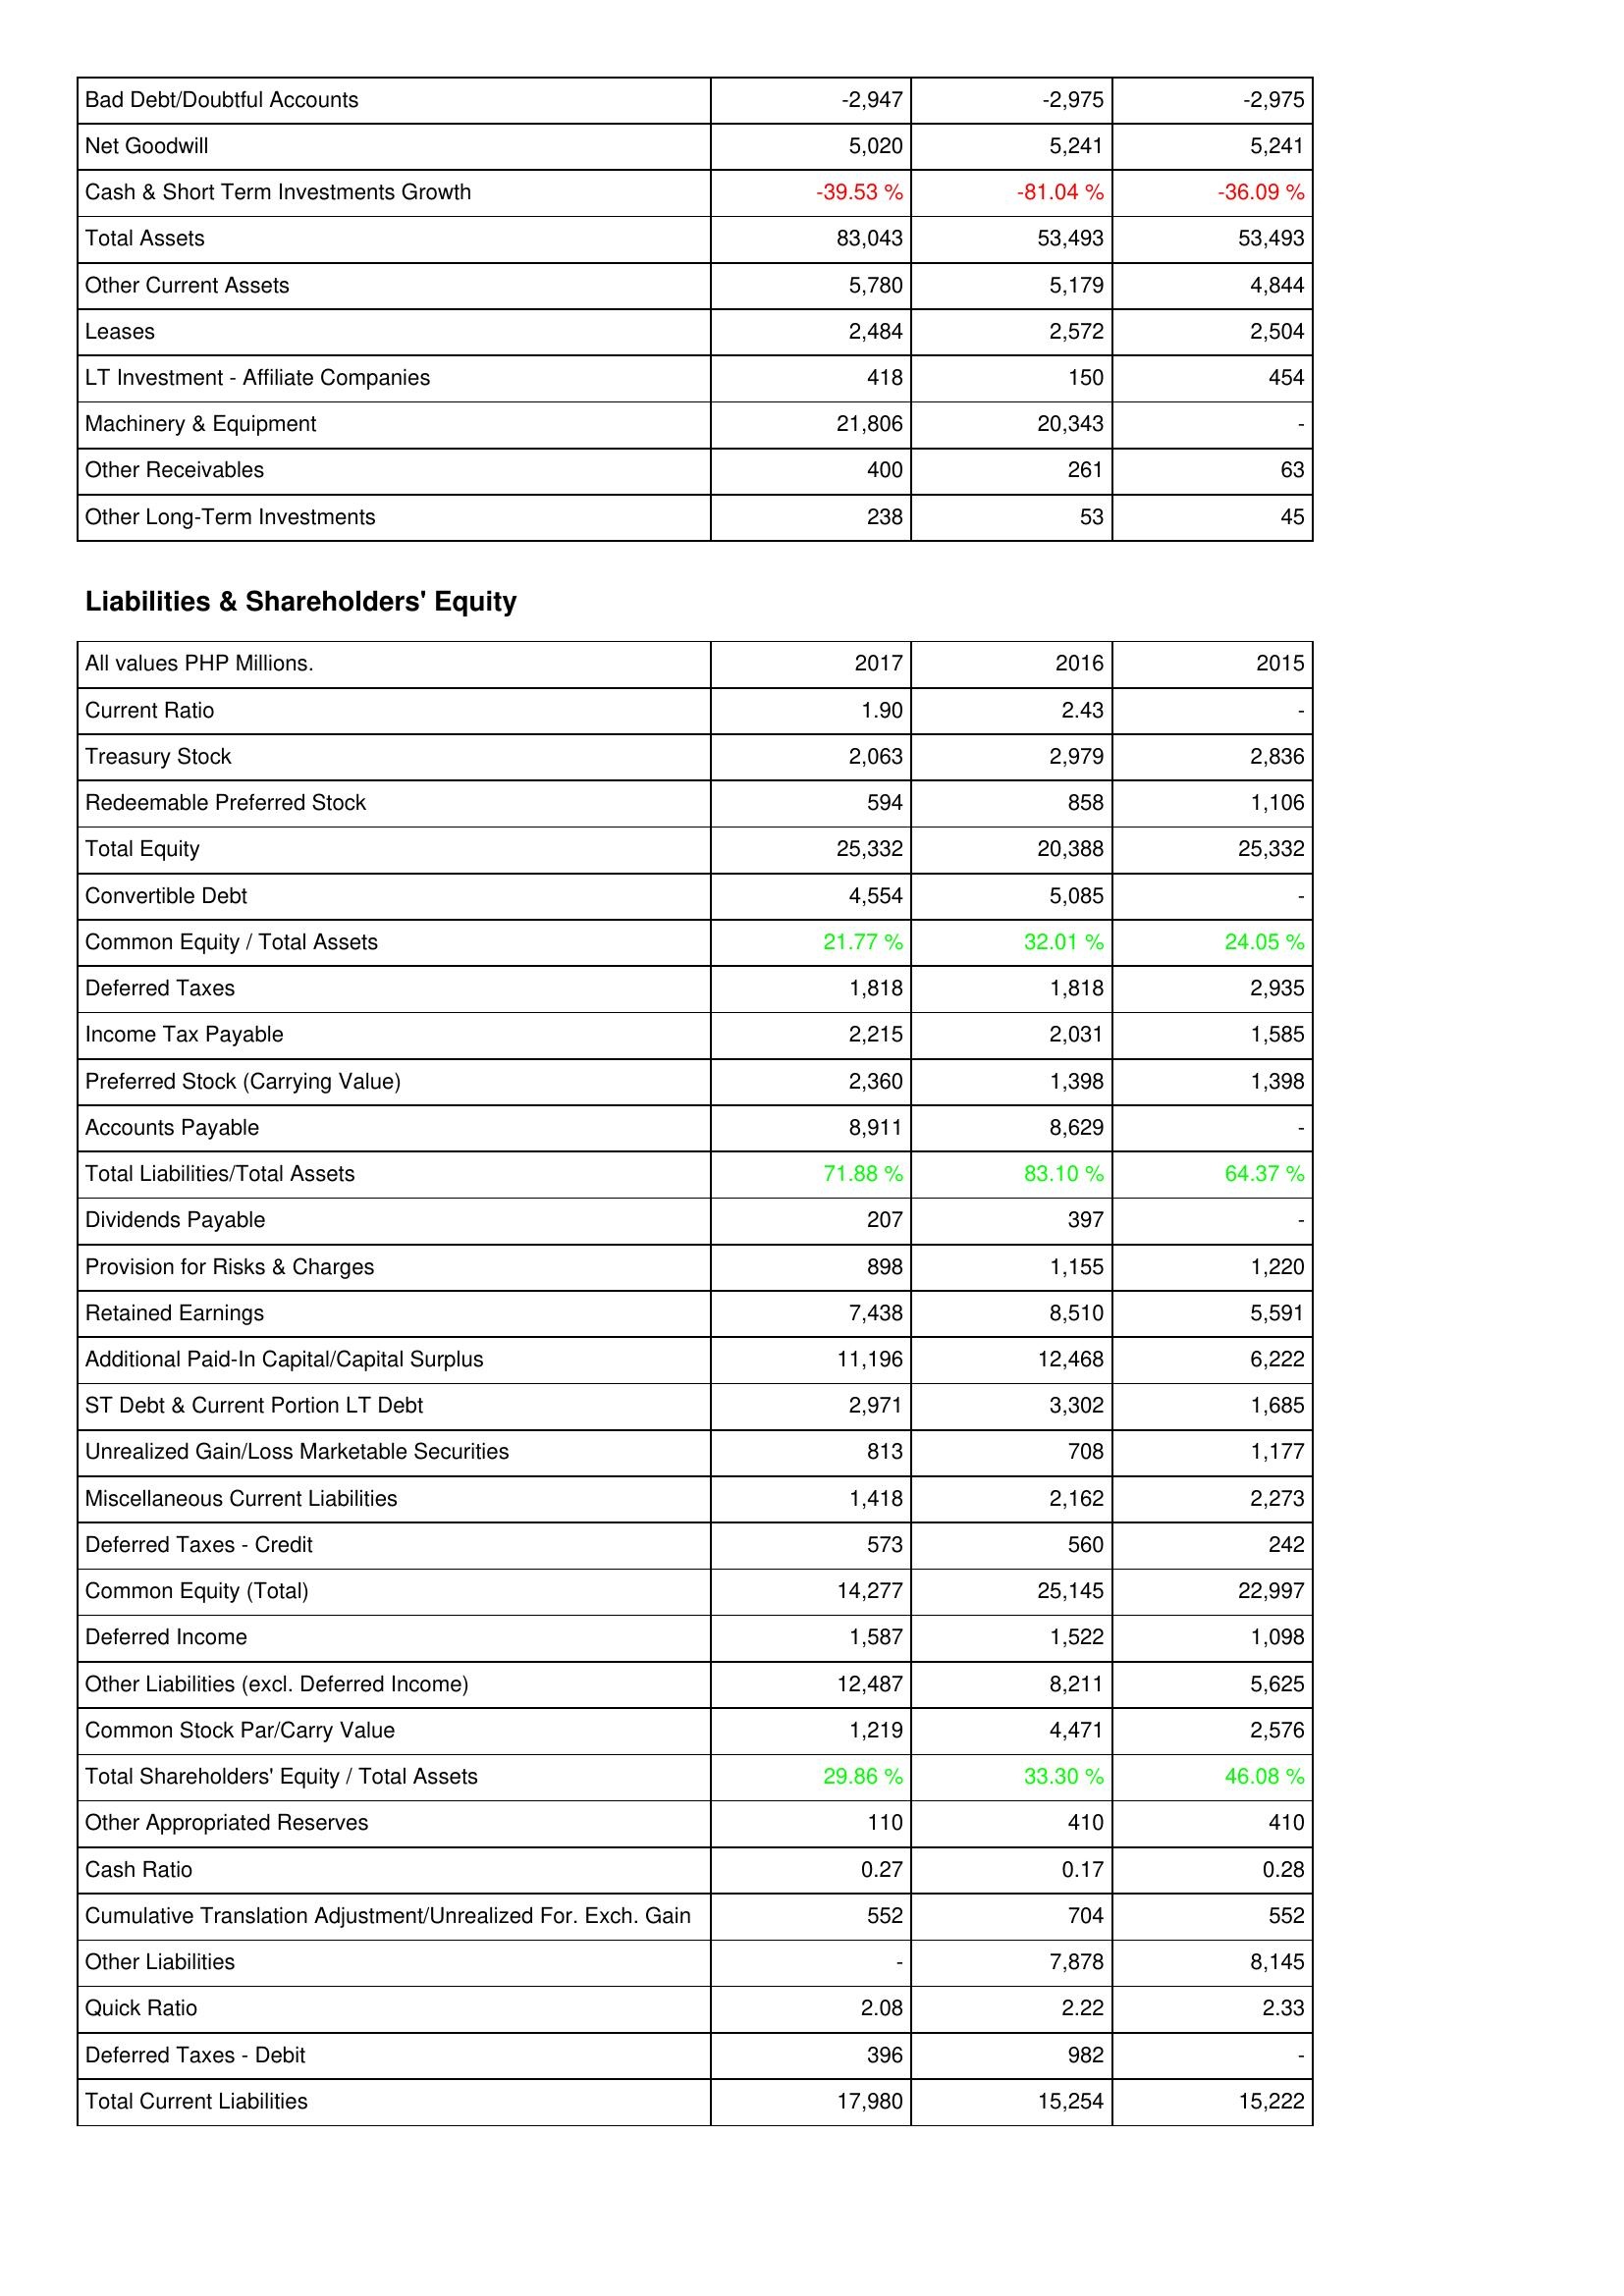
2017: Assets: Bad Debt/Doubtful Accounts: -2,947
Net Goodwill: 5,020
Cash & Short Term Investments Growth: -39.53 %
Total Assets: 83,043
Other Current Assets: 5,780
Leases: 2,484
LT Investment - Affiliate Companies: 418
Machinery & Equipment: 21,806
Other Receivables: 400
Other Long-Term Investments: 238
Liabilities & Shareholders' Equity: Current Ratio: 1.90
Treasury Stock: 2,063
Redeemable Preferred Stock: 594
Total Equity: 25,332
Convertible Debt: 4,554
Common Equity / Total Assets: 21.77 %
Deferred Taxes: 1,818
Income Tax Payable: 2,215
Preferred Stock (Carrying Value): 2,360
Accounts Payable: 8,911
Total Liabilities/Total Assets: 71.88 %
Dividends Payable: 207
Provision for Risks & Charges: 898
Retained Earnings: 7,438
Additional Paid-In Capital/Capital Surplus: 11,196
ST Debt & Current Portion LT Debt: 2,971
Unrealized Gain/Loss Marketable Securities: 813
Miscellaneous Current Liabilities: 1,418
Deferred Taxes - Credit: 573
Common Equity (Total): 14,277
Deferred Income: 1,587
Other Liabilities (excl. Deferred Income): 12,487
Common Stock Par/Carry Value: 1,219
Total Shareholders' Equity / Total Assets: 29.86 %
Other Appropriated Reserves: 110
Cash Ratio: 0.27
Cumulative Translation Adjustment/Unrealized For. Exch. Gain: 552
Other Liabilities: -
Quick Ratio: 2.08
Deferred Taxes - Debit: 396
Total Current Liabilities: 17,980
2016: Assets: Bad Debt/Doubtful Accounts: -2,975
Net Goodwill: 5,241
Cash & Short Term Investments Growth: -81.04 %
Total Assets: 53,493
Other Current Assets: 5,179
Leases: 2,572
LT Investment - Affiliate Companies: 150
Machinery & Equipment: 20,343
Other Receivables: 261
Other Long-Term Investments: 53
Liabilities & Shareholders' Equity: Current Ratio: 2.43
Treasury Stock: 2,979
Redeemable Preferred Stock: 858
Total Equity: 20,388
Convertible Debt: 5,085
Common Equity / Total Assets: 32.01 %
Deferred Taxes: 1,818
Income Tax Payable: 2,031
Preferred Stock (Carrying Value): 1,398
Accounts Payable: 8,629
Total Liabilities/Total Assets: 83.10 %
Dividends Payable: 397
Provision for Risks & Charges: 1,155
Retained Earnings: 8,510
Additional Paid-In Capital/Capital Surplus: 12,468
ST Debt & Current Portion LT Debt: 3,302
Unrealized Gain/Loss Marketable Securities: 708
Miscellaneous Current Liabilities: 2,162
Deferred Taxes - Credit: 560
Common Equity (Total): 25,145
Deferred Income: 1,522
Other Liabilities (excl. Deferred Income): 8,211
Common Stock Par/Carry Value: 4,471
Total Shareholders' Equity / Total Assets: 33.30 %
Other Appropriated Reserves: 410
Cash Ratio: 0.17
Cumulative Translation Adjustment/Unrealized For. Exch. Gain: 704
Other Liabilities: 7,878
Quick Ratio: 2.22
Deferred Taxes - Debit: 982
Total Current Liabilities: 15,254
2015: Assets: Bad Debt/Doubtful Accounts: -2,975
Net Goodwill: 5,241
Cash & Short Term Investments Growth: -36.09 %
Total Assets: 53,493
Other Current Assets: 4,844
Leases: 2,504
LT Investment - Affiliate Companies: 454
Machinery & Equipment: -
Other Receivables: 63
Other Long-Term Investments: 45
Liabilities & Shareholders' Equity: Current Ratio: -
Treasury Stock: 2,836
Redeemable Preferred Stock: 1,106
Total Equity: 25,332
Convertible Debt: -
Common Equity / Total Assets: 24.05 %
Deferred Taxes: 2,935
Income Tax Payable: 1,585
Preferred Stock (Carrying Value): 1,398
Accounts Payable: -
Total Liabilities/Total Assets: 64.37 %
Dividends Payable: -
Provision for Risks & Charges: 1,220
Retained Earnings: 5,591
Additional Paid-In Capital/Capital Surplus: 6,222
ST Debt & Current Portion LT Debt: 1,685
Unrealized Gain/Loss Marketable Securities: 1,177
Miscellaneous Current Liabilities: 2,273
Deferred Taxes - Credit: 242
Common Equity (Total): 22,997
Deferred Income: 1,098
Other Liabilities (excl. Deferred Income): 5,625
Common Stock Par/Carry Value: 2,576
Total Shareholders' Equity / Total Assets: 46.08 %
Other Appropriated Reserves: 410
Cash Ratio: 0.28
Cumulative Translation Adjustment/Unrealized For. Exch. Gain: 552
Other Liabilities: 8,145
Quick Ratio: 2.33
Deferred Taxes - Debit: -
Total Current Liabilities: 15,222